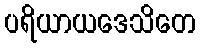
ပရိယာယဒေသိတေ